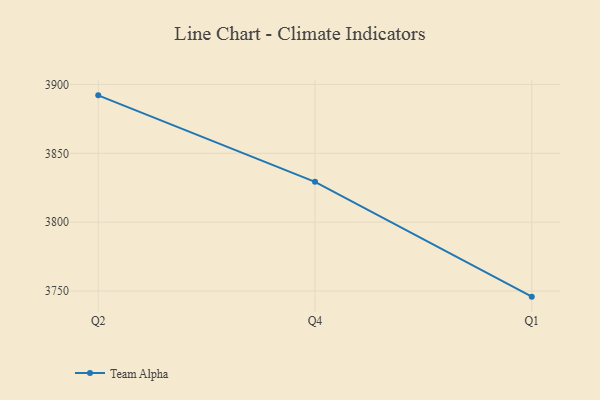
{"axis": {"x": "Quarter", "y": "Waste Production (Tons)"}, "legend": ["Team Alpha"], "data": [{"x": "Q2", "y": 3892.1, "type": "Team Alpha"}, {"x": "Q4", "y": 3829.3, "type": "Team Alpha"}, {"x": "Q1", "y": 3745.9, "type": "Team Alpha"}]}